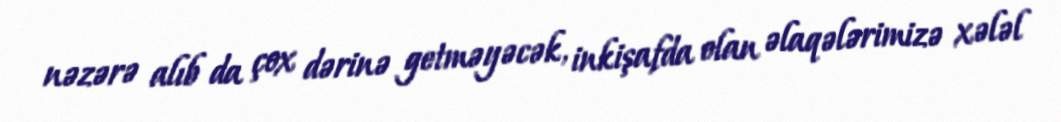
nəzərə alıb da çox dərinə getməyəcək, inkişafda olan əlaqələrimizə xələl